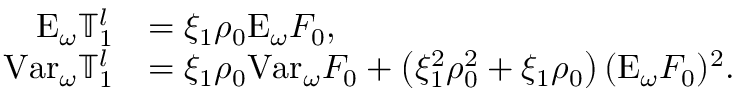
\begin{array} { r l } { \mathrm { E } _ { \omega } \mathbb { T } _ { 1 } ^ { l } } & { = \xi _ { 1 } \rho _ { 0 } \mathrm { E } _ { \omega } F _ { 0 } , } \\ { \mathrm { V a r } _ { \omega } \mathbb { T } _ { 1 } ^ { l } } & { = \xi _ { 1 } \rho _ { 0 } \mathrm { V a r } _ { \omega } F _ { 0 } + \left( \xi _ { 1 } ^ { 2 } \rho _ { 0 } ^ { 2 } + \xi _ { 1 } \rho _ { 0 } \right) ( \mathrm { E } _ { \omega } F _ { 0 } ) ^ { 2 } . } \end{array}